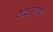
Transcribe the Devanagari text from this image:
वेदानुयायी